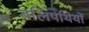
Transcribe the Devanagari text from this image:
बलिपंथियों